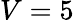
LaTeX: V=5